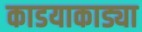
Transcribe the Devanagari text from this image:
काडयाकाड्या